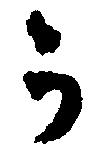
か